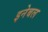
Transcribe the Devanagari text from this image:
इनेबल